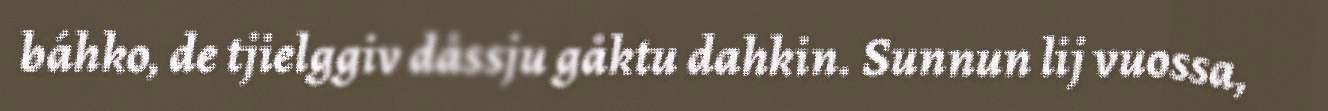
báhko, de tjielggiv dåssju gåktu dahkin. Sunnun lij vuossa,